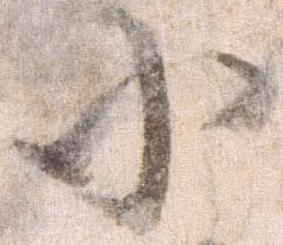
小